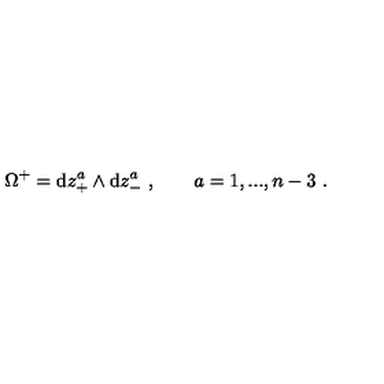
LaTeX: \Omega ^ { + } = \mathrm { d } z _ { + } ^ { a } \wedge \mathrm { d } z _ { - } ^ { a } \ , \qquad a = 1 , . . . , n - 3 \ .